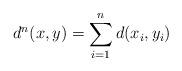
LaTeX: \begin{align*} d^n(x,y) = \sum_{i=1}^{n} d(x_i,y_i)\end{align*}